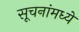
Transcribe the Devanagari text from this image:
सूचनांमध्ये